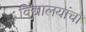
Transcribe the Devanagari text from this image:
विद्यालयांचा